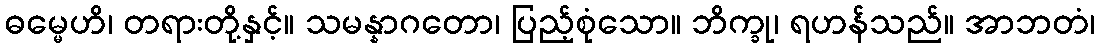
ဓမ္မေဟိ၊ တရားတို့နှင့်။ သမန္နာဂတော၊ ပြည့်စုံသော။ ဘိက္ခု၊ ရဟန်သည်။ အာဘတံ၊